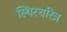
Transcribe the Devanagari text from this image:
स्थिरचरित्र